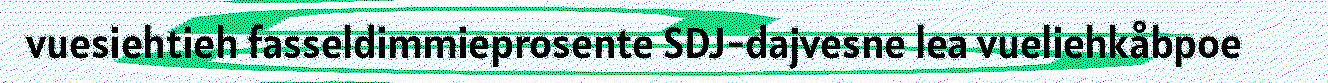
vuesiehtieh fasseldimmieprosente SDJ-dajvesne lea vueliehkåbpoe